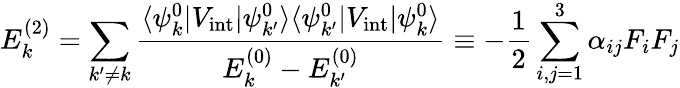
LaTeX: E_{k}^{(2)}=\sum_{k^{\prime}\neq k}{\frac{\langle\psi_{k}^{0}|V_{\mathrm{int}}|\psi_{k^{\prime}}^{0}\rangle\langle\psi_{k^{\prime}}^{0}|V_{\mathrm{int}}|\psi_{k}^{0}\rangle}{E_{k}^{(0)}-E_{k^{\prime}}^{(0)}}}\equiv-{\frac{1}{2}}\sum_{i,j=1}^{3}\alpha_{ij}F_{i}F_{j}